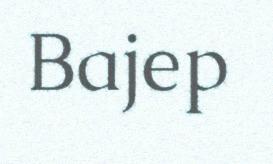
Bajep